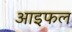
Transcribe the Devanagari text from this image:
आइफल